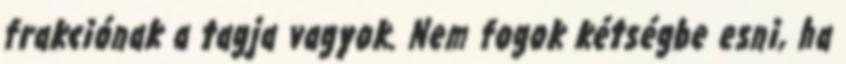
frakciónak a tagja vagyok. Nem fogok kétségbe esni, ha